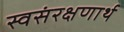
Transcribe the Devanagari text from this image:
स्वसंरक्षणार्थ